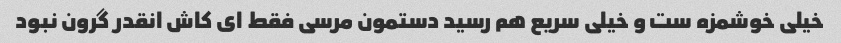
خیلی خوشمزه ست و خیلی سریع هم رسید دستمون مرسی فقط ای کاش انقدر گرون نبود